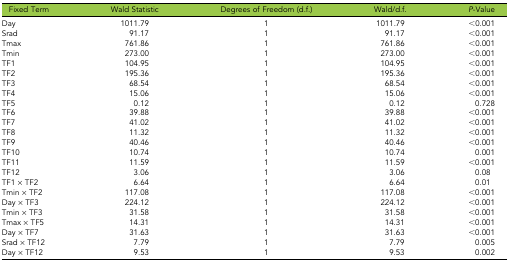
<table><thead><tr><td><b>Fixed Term</b></td><td><b>Wald Statistic</b></td><td><b>Degrees of Freedom (d.f.)</b></td><td><b>Wald/d.f.</b></td><td><b><i>P</i>-Value</b></td></tr></thead><tbody><tr><td>Day</td><td>1011.79</td><td>1</td><td>1011.79</td><td>&lt;0.001</td></tr><tr><td>Srad</td><td>91.17</td><td>1</td><td>91.17</td><td>&lt;0.001</td></tr><tr><td>Tmax</td><td>761.86</td><td>1</td><td>761.86</td><td>&lt;0.001</td></tr><tr><td>Tmin</td><td>273.00</td><td>1</td><td>273.00</td><td>&lt;0.001</td></tr><tr><td>TF1</td><td>104.95</td><td>1</td><td>104.95</td><td>&lt;0.001</td></tr><tr><td>TF2</td><td>195.36</td><td>1</td><td>195.36</td><td>&lt;0.001</td></tr><tr><td>TF3</td><td>68.54</td><td>1</td><td>68.54</td><td>&lt;0.001</td></tr><tr><td>TF4</td><td>15.06</td><td>1</td><td>15.06</td><td>&lt;0.001</td></tr><tr><td>TF5</td><td>0.12</td><td>1</td><td>0.12</td><td>0.728</td></tr><tr><td>TF6</td><td>39.88</td><td>1</td><td>39.88</td><td>&lt;0.001</td></tr><tr><td>TF7</td><td>41.02</td><td>1</td><td>41.02</td><td>&lt;0.001</td></tr><tr><td>TF8</td><td>11.32</td><td>1</td><td>11.32</td><td>&lt;0.001</td></tr><tr><td>TF9</td><td>40.46</td><td>1</td><td>40.46</td><td>&lt;0.001</td></tr><tr><td>TF10</td><td>10.74</td><td>1</td><td>10.74</td><td>0.001</td></tr><tr><td>TF11</td><td>11.59</td><td>1</td><td>11.59</td><td>&lt;0.001</td></tr><tr><td>TF12</td><td>3.06</td><td>1</td><td>3.06</td><td>0.08</td></tr><tr><td>TF1 × TF2</td><td>6.64</td><td>1</td><td>6.64</td><td>0.01</td></tr><tr><td>Tmin × TF2</td><td>117.08</td><td>1</td><td>117.08</td><td>&lt;0.001</td></tr><tr><td>Day × TF3</td><td>224.12</td><td>1</td><td>224.12</td><td>&lt;0.001</td></tr><tr><td>Tmin × TF3</td><td>31.58</td><td>1</td><td>31.58</td><td>&lt;0.001</td></tr><tr><td>Tmax × TF5</td><td>14.31</td><td>1</td><td>14.31</td><td>&lt;0.001</td></tr><tr><td>Day × TF7</td><td>31.63</td><td>1</td><td>31.63</td><td>&lt;0.001</td></tr><tr><td>Srad × TF12</td><td>7.79</td><td>1</td><td>7.79</td><td>0.005</td></tr><tr><td>Day × TF12</td><td>9.53</td><td>1</td><td>9.53</td><td>0.002</td></tr></tbody></table>